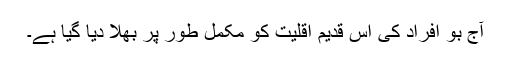
آج بو افراد کی اس قدیم اقلیت کو مکمل طور پر بھلا دیا گیا ہے۔